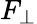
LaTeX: F_{\bot}